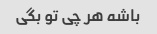
باشه هر چی تو بگی